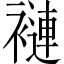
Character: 褳